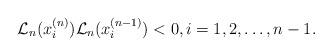
LaTeX: \begin{align*}\mathcal{L}_n(x_{i}^{(n)})\mathcal{L}_n(x_{i}^{(n-1)})<0, i=1,2,\ldots,n-1.\end{align*}